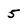
Character: 5